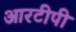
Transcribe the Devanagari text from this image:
आरटीपी